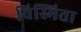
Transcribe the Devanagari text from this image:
विस्मिता